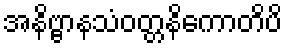
အနိဗ္ဗာနသံဝတ္တနိကောတိပိ